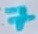
Text: 7